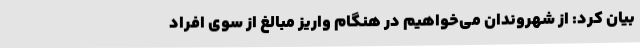
بیان کرد: از شهروندان می‌خواهیم در هنگام واریز مبالغ از سوی افراد